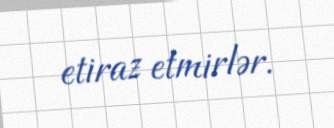
etiraz etmirlər.